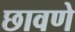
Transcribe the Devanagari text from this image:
छावणे